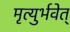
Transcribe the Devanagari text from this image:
मृत्युर्भवेत्